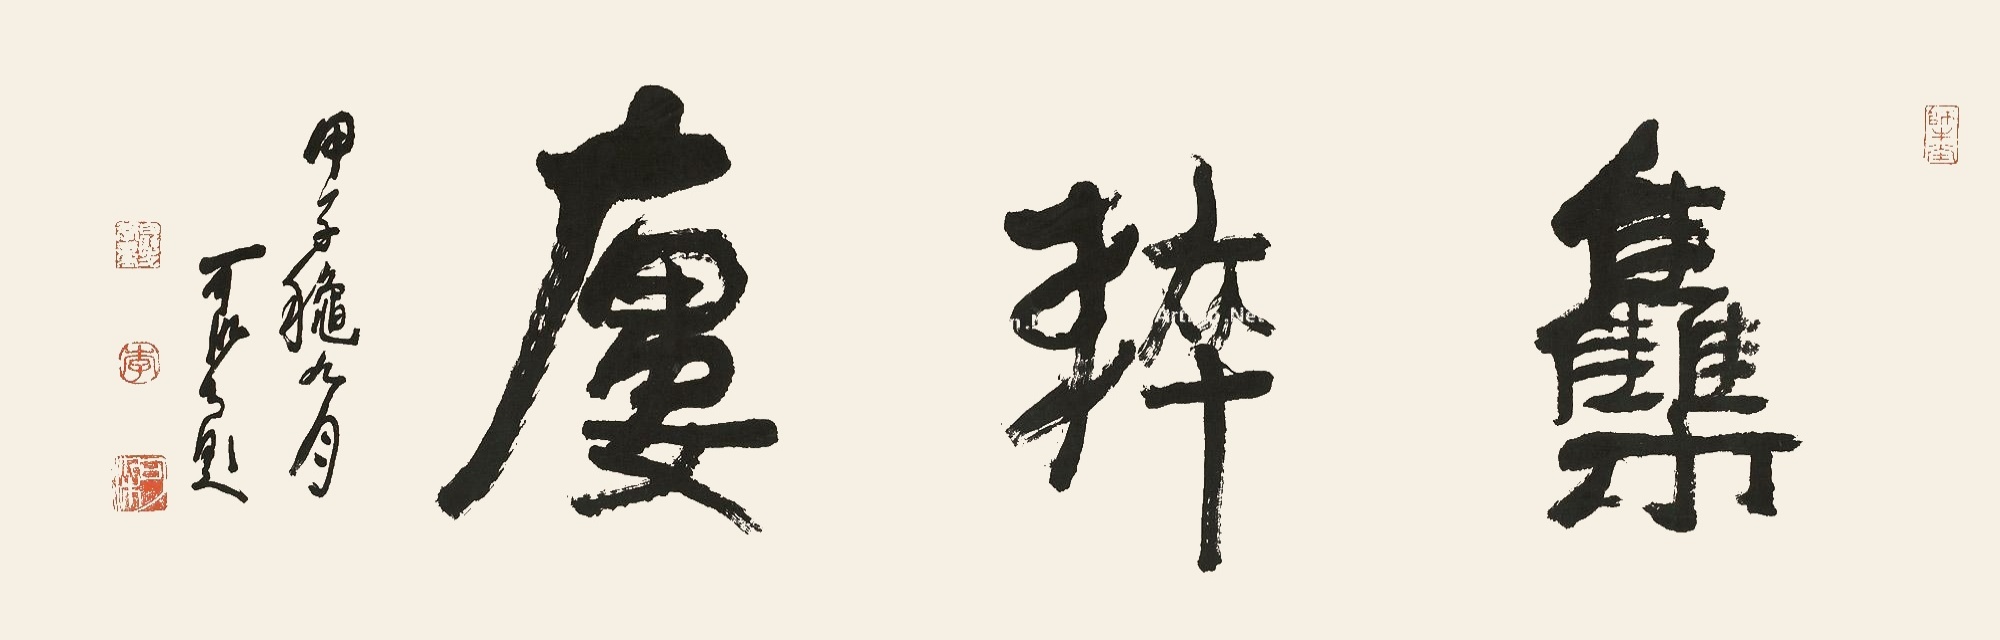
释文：集粹楼甲子秋九月，可染题。